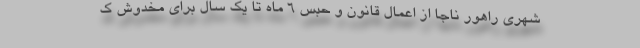
شهری راهور ناجا از اعمال قانون و حبس ۶ ماه تا یک سال برای مخدوش ک